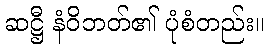
ဆဋ္ဌီ နံဝိဘတ်၏ ပုံစံတည်း။